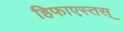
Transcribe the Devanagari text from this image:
हिफाएस्तस्‌